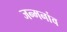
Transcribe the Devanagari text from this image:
जन्मनांव